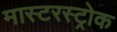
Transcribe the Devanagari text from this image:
मास्टरस्ट्रोक